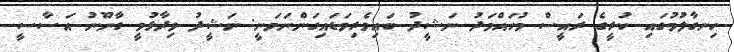
ހިނގާލުމުގައި ކުރީގެ ރައީސް މުހައްމަދު ނަޝީދު ބައިވެރިވަޑައިގަންނަވަނީ: ނަޝީދު ވިދާޅުވީ ގާނޫނު އަސާސީ